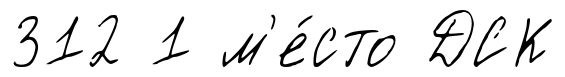
312 1 м'е́сто ДСК